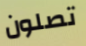
تصلون